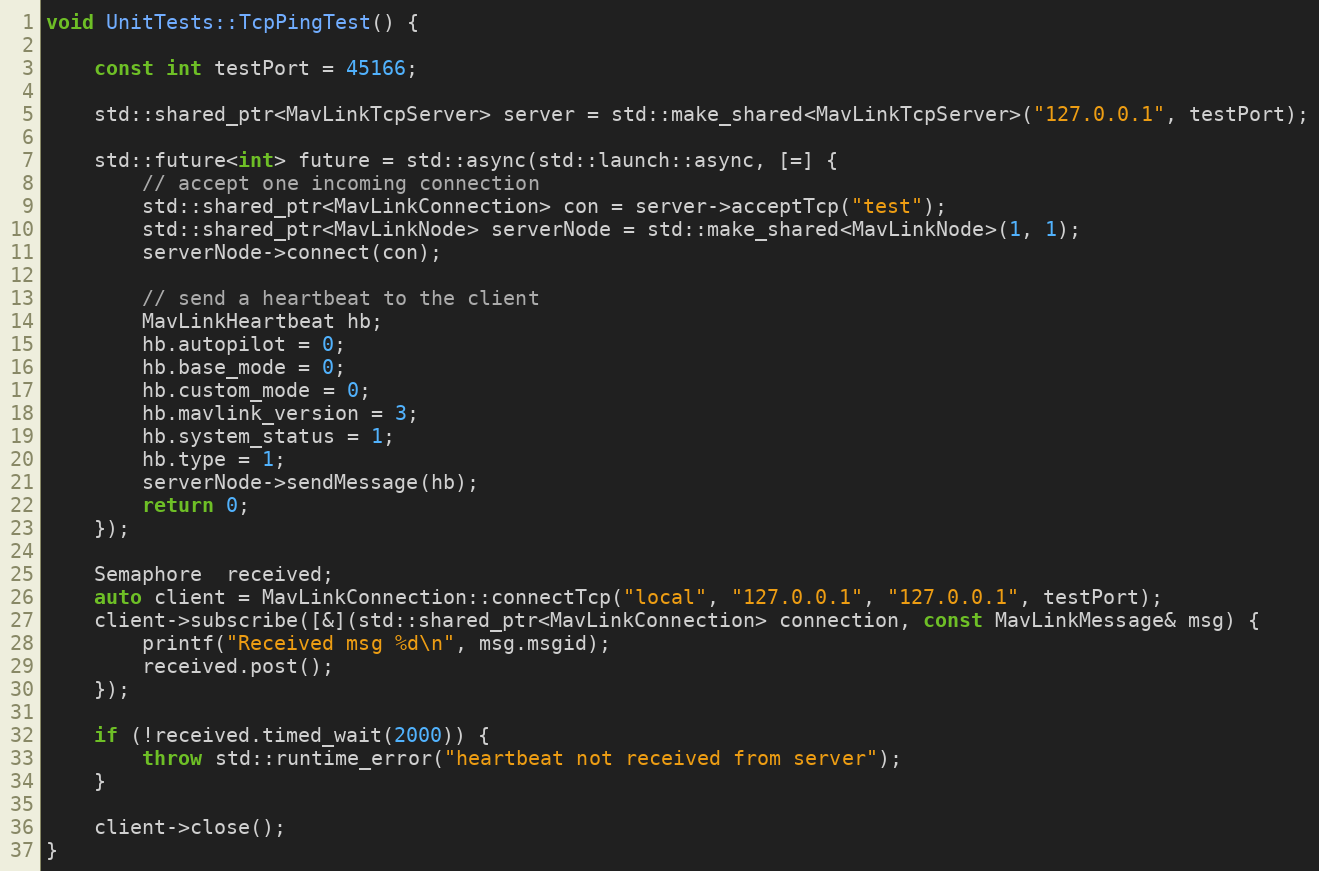
Language: C++
void UnitTests::TcpPingTest() {

	const int testPort = 45166;

	std::shared_ptr<MavLinkTcpServer> server = std::make_shared<MavLinkTcpServer>("127.0.0.1", testPort);

	std::future<int> future = std::async(std::launch::async, [=] {
		// accept one incoming connection
		std::shared_ptr<MavLinkConnection> con = server->acceptTcp("test");
		std::shared_ptr<MavLinkNode> serverNode = std::make_shared<MavLinkNode>(1, 1);
		serverNode->connect(con);

		// send a heartbeat to the client
		MavLinkHeartbeat hb;
		hb.autopilot = 0;
		hb.base_mode = 0;
		hb.custom_mode = 0;
		hb.mavlink_version = 3;
		hb.system_status = 1;
		hb.type = 1;
		serverNode->sendMessage(hb);
		return 0;
	});

	Semaphore  received;
	auto client = MavLinkConnection::connectTcp("local", "127.0.0.1", "127.0.0.1", testPort);
	client->subscribe([&](std::shared_ptr<MavLinkConnection> connection, const MavLinkMessage& msg) {
		printf("Received msg %d\n", msg.msgid);
		received.post();
	});

	if (!received.timed_wait(2000)) {
		throw std::runtime_error("heartbeat not received from server");
	}

	client->close();
}